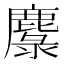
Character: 𲎌